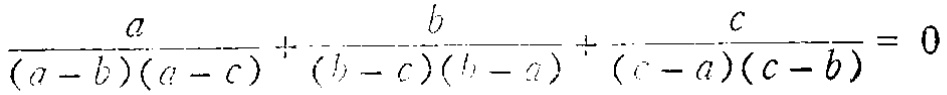
\frac{a}{(a - b)(a - c)}+\frac{b}{(b - c)(b - a)}+\frac{c}{(c - a)(c - b)} = 0